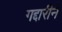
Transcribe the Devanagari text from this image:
गद्दारीने